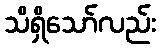
သိရှိသော်လည်း